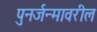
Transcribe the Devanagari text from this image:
पुनर्जन्मावरील